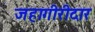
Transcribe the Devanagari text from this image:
जहागीरीदार